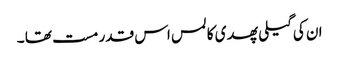
ان کی گیلی پھدی کا لمس اس قدر مست تھا ۔